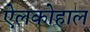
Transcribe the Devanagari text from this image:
ऐलकोहाल